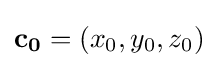
\mathbf {c_{0}} =(x_{0},y_{0},z_{0})